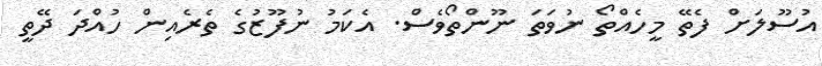
އުސޫލަށް ފެތޭ މީހެއްތޯ ނުވަތަ ނޫންތޯވެސް. އެކަމު ނުފޫޒުގެ ތެރެއިން ހުއްދަ ދޭތީ